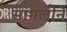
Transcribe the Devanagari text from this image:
सांगलीने